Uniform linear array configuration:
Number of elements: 32
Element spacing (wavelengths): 0.5
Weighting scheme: hann
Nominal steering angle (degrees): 60
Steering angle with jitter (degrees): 61.523
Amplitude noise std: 0.05
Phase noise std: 0.05

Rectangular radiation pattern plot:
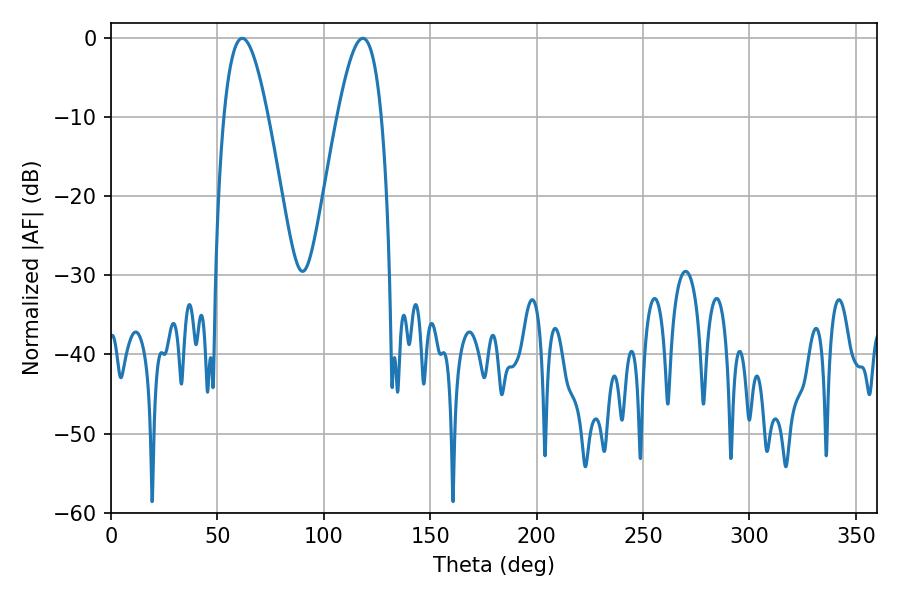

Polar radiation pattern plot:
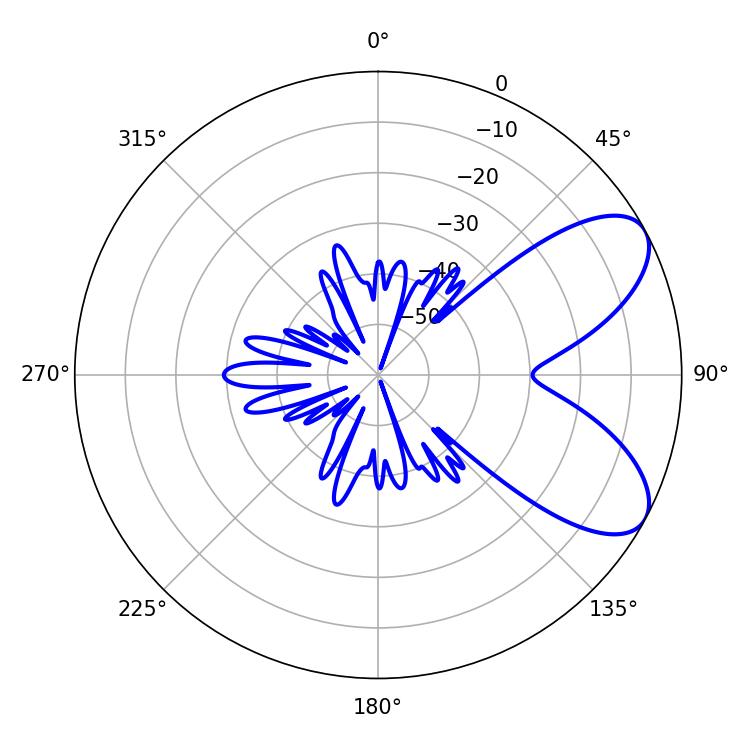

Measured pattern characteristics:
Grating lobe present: FALSE
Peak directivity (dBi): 7.235
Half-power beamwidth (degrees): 11.34
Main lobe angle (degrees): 118.26